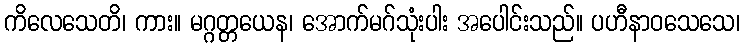
ကိလေသေတိ၊ ကား။ မဂ္ဂတ္တယေန၊ အောက်မဂ်သုံးပါး အပေါင်းသည်။ ပဟီနာဝသေသေ၊